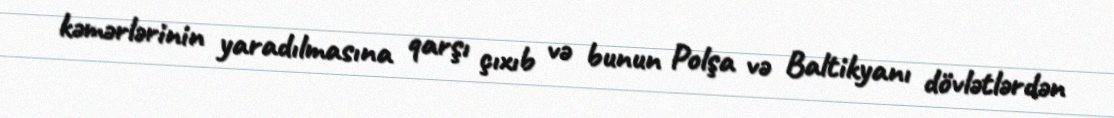
kəmərlərinin yaradılmasına qarşı çıxıb və bunun Polşa və Baltikyanı dövlətlərdən